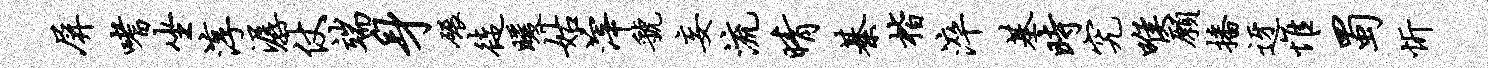
屏嗜坐淳潺仗端身碾徒暖姑滓虢妄流晴綦楷淬基时究喉愿播迓惟蜀忻